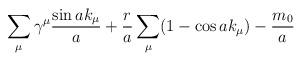
\begin{align*}\sum_{\mu}\gamma^{\mu}\frac{\sin ak_{\mu}}{a} + \frac{r}{a}\sum_{\mu}(1 -\cos ak_{\mu}) - \frac{m_{0}}{a}\end{align*}